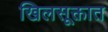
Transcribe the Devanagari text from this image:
खिलसूक्तात